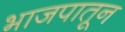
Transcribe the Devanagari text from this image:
भाजपातून